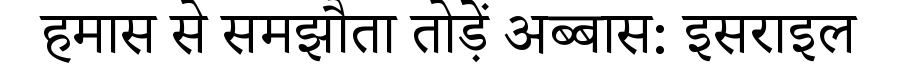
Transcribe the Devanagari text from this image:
हमास से समझौता तोड़ें अब्बास: इसराइल